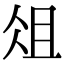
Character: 俎